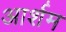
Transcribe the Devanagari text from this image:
आर्शम